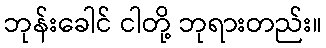
ဘုန်းခေါင် ငါတို့ ဘုရားတည်း။